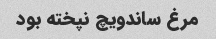
مرغ ساندویچ نپخته بود